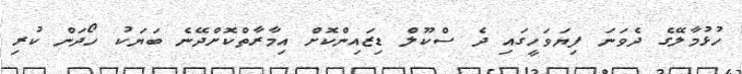
ހުޅުމާލޭގެ ދެވަނަ ފިޔަވަހީގައި ދެ ސްކޫލް ޑިޒައިންކޮށް އިމާރާތްކޮށްދޭނެ ބަޔަކު ހޯދަން ކުރި